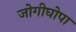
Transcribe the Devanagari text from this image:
जोगीघोपा